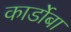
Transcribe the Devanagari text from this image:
कार्डोबा